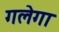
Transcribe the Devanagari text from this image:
गलेगा